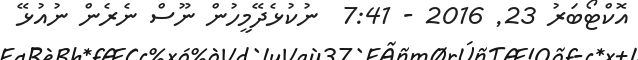
އޮކްޓޯބަރު 23